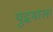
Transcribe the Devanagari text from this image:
युद्धमाला